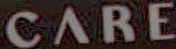
CARE